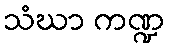
သံဃာ ကဏ္ဍ